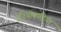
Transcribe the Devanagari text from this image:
इरियोबाट्रिया